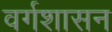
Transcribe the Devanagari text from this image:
वर्गशासन